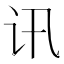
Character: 讯